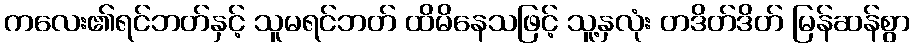
ကလေး၏ရင်ဘတ်နှင့် သူမရင်ဘတ် ထိမိနေသဖြင့် သူ့နှလုံး တဒိတ်ဒိတ် မြန်ဆန်စွာ